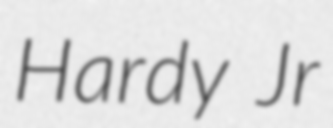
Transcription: Hardy Jr